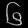
Digit: ၆